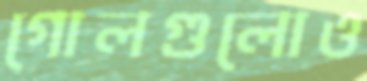
গোলগুলোও